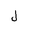
Letter: _lam